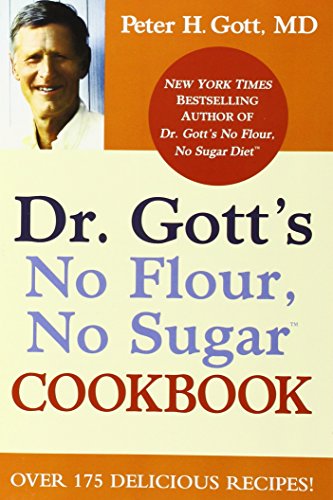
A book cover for Dr. Gott's No Flour, No Sugar(TM) Cookbook; Peter H. Gott; Cookbooks, Food & Wine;